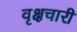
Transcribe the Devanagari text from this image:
वृक्षचारी